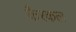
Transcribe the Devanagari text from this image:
कैरकल